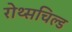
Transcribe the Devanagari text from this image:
रोथ्सचिल्ड